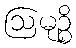
ဩမုဉ္စိ